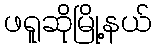
ဖရူဆိုမြို့နယ်